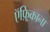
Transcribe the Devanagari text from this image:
ऍफ़्रिकाना